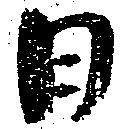
日